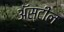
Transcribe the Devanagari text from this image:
अॅस्टील